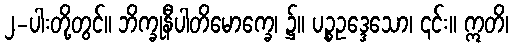
၂-ပါးတို့တွင်။ ဘိက္ခုနီပါတိမောက္ခေ၊ ၌။ ပဉ္စဥဒ္ဒေသော၊ ၎င်း။ ဣတိ၊